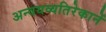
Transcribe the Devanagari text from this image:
अन्वयव्यतिरेकानें